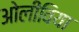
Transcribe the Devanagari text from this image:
ओलीविया